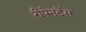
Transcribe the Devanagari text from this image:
रीपेनटेंस